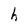
Character: h